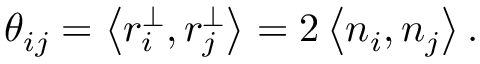
\theta _ { i j } = \left< { r _ { i } ^ { \perp } , r _ { j } ^ { \perp } } \right> = 2 \left< { n _ { i } , n _ { j } } \right> .